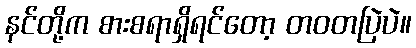
နင်တို့က စားစရာရှိရင်တော့ တဝတပြဲပဲ။